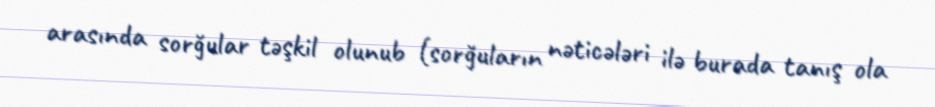
arasında sorğular təşkil olunub (sorğuların nəticələri ilə burada tanış ola